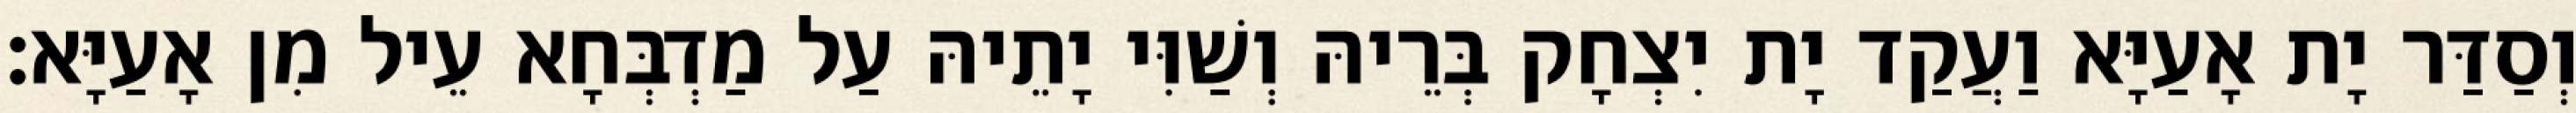
וְסַדַּר יָת אָעַיָּא וַעֲקַד יָת יִצְחָק בְּרֵיהּ וְשַׁוִּי יָתֵיהּ עַל מַדְבְּחָא עֵיל מִן אָעַיָּא׃